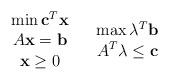
LaTeX: \begin{align*}\begin{array}[c]{cc} & \\\begin{array}[c]{c}\min\mathbf{c}^{T}\mathbf{x}\\A\mathbf{x}=\mathbf{b}\\\mathbf{x}\geq0\end{array}&\begin{array}[c]{c}\max\mathbf{\lambda}^{T}\mathbf{b}\\A^{T}\mathbf{\lambda}\leq\mathbf{c}\end{array}\end{array}\end{align*}